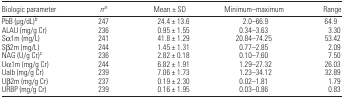
<table><thead><tr><td><b>Biologic parameter</b></td><td><b>na</b></td><td><b>Mean ± SD</b></td><td><b>Minimum–maximum</b></td><td><b>Range</b></td></tr></thead><tbody><tr><td>PbB (μg/dL)b</td><td>247</td><td>24.4 ± 13.6</td><td>2.0–66.9</td><td>64.9</td></tr><tr><td>ALAU (mg/g Cr)</td><td>236</td><td>0.95 ± 1.55</td><td>0.34–3.63</td><td>3.30</td></tr><tr><td>Sα1m (mg/L)</td><td>241</td><td>41.8 ± 1.29</td><td>20.84–74.25</td><td>53.42</td></tr><tr><td>Sβ2m (mg/L)</td><td>244</td><td>1.45 ± 1.31</td><td>0.77–2.85</td><td>2.09</td></tr><tr><td>NAG (U/g Cr)c</td><td>236</td><td>2.82 ± 0.18</td><td>0.10–7.60</td><td>7.50</td></tr><tr><td>Uα1m (mg/g Cr)</td><td>244</td><td>6.82 ± 1.91</td><td>1.29–27.32</td><td>26.03</td></tr><tr><td>Ualb (mg/g Cr)</td><td>239</td><td>7.06 ± 1.73</td><td>1.23–34.12</td><td>32.89</td></tr><tr><td>Uβ2m (mg/g Cr)</td><td>237</td><td>0.19 ± 2.30</td><td>0.02–1.81</td><td>1.79</td></tr><tr><td>URBP (mg/g Cr)</td><td>239</td><td>0.16 ± 1.95</td><td>0.03–0.86</td><td>0.83</td></tr></tbody></table>